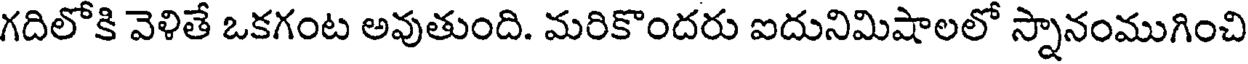
గదిలోకి వెళితే ఒకగంట అవుతుంది. మరికొందరు ఐదునిమిషాలలో స్నానంముగించి